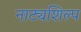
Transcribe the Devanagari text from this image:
नाट्यशिल्प